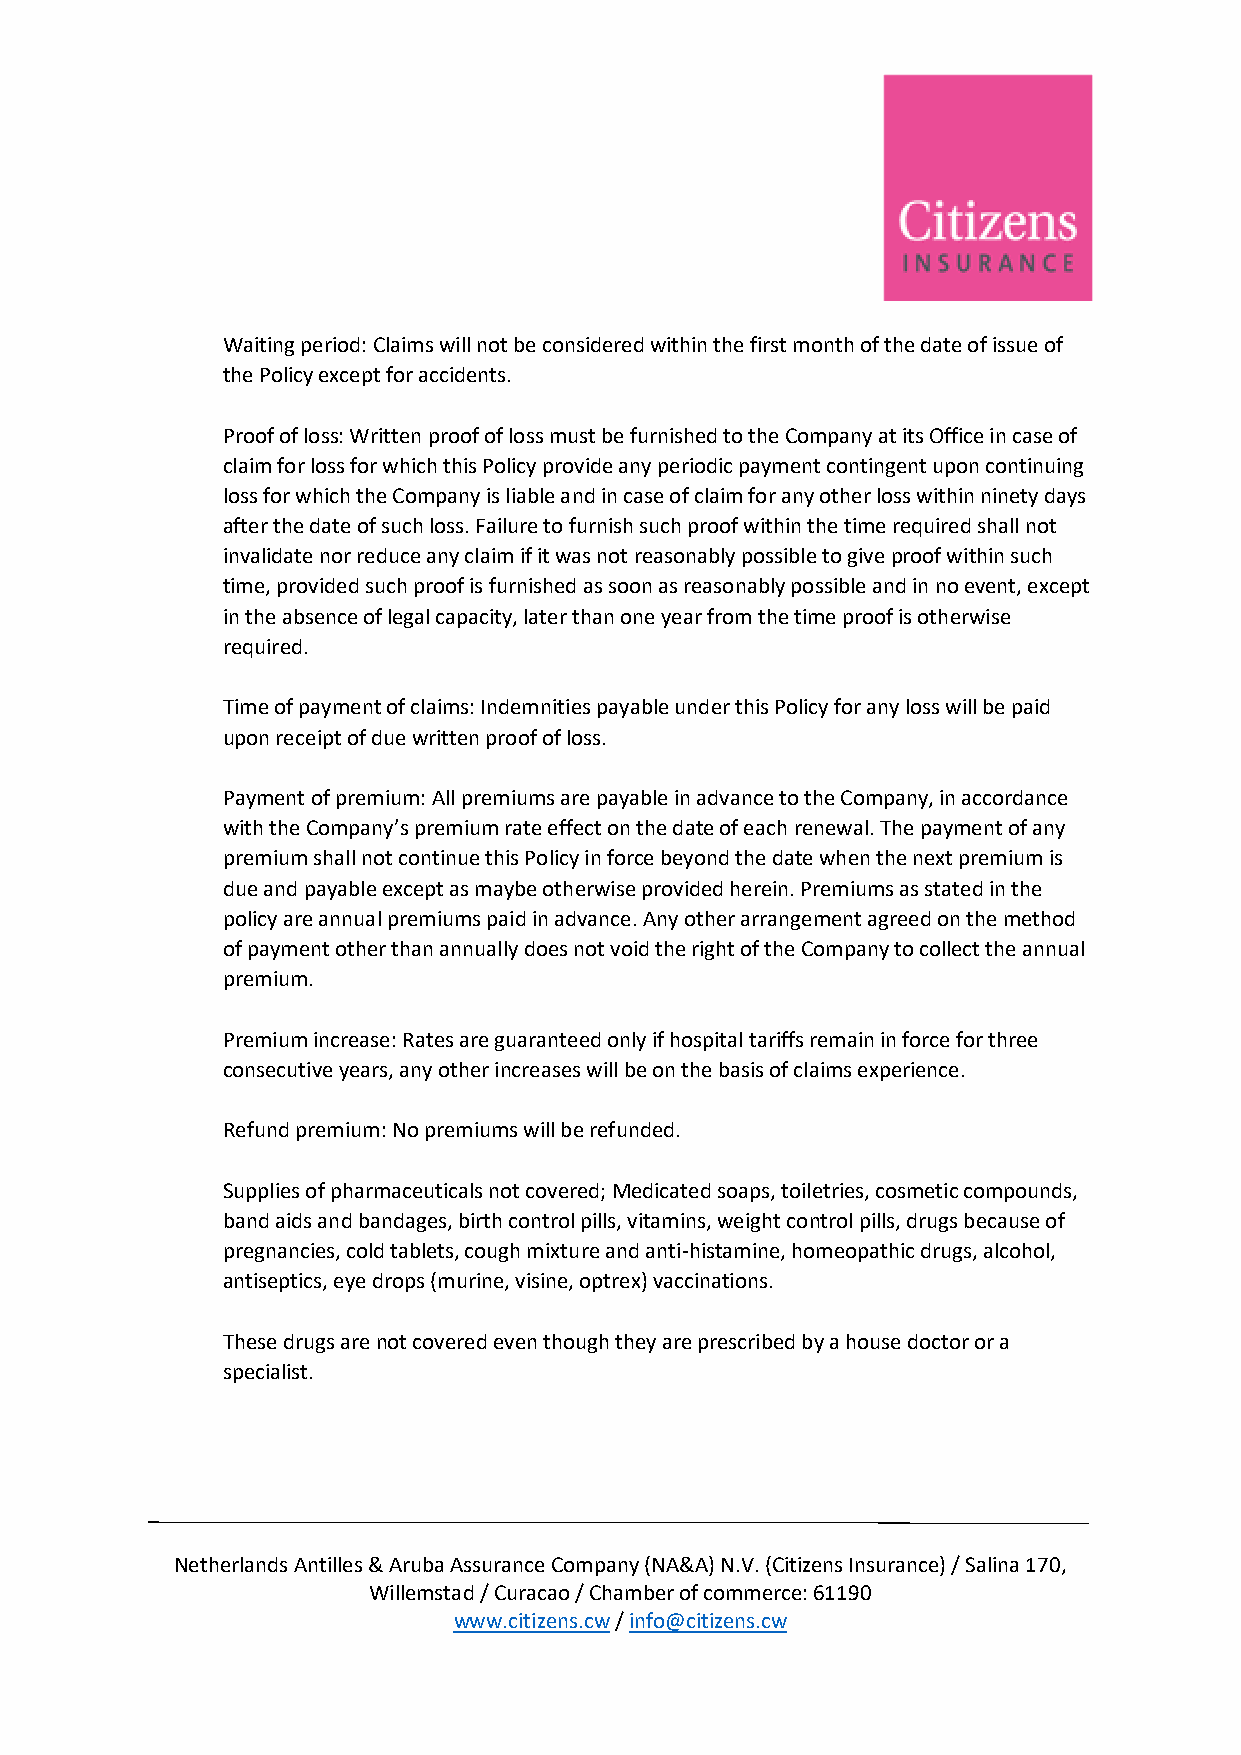
Waiting period: Claims will not be considered within the first month of the date of issue of
 the Policy except for accidents.
 Proof of loss: Written proof of loss must be furnished to the Company at its Office in case of
 claim for loss for which this Policy provide any periodic payment contingent upon continuing
 loss for which the Company is liable and in case of claim for any other loss within ninety days
 after the date of such loss. Failure to furnish such proof within the time required shall not
 invalidate nor reduce any claim if it was not reasonably possible to give proof within such
 time, provided such proof is furnished as soon as reasonably possible and in no event, except
 in the absence of legal capacity, later than one year from the time proof is otherwise
 required.
 Time of payment of claims: Indemnities payable under this Policy for any loss will be paid
 upon receipt of due written proof of loss.
 Payment of premium: All premiums are payable in advance to the Company, in accordance
 with the Company’s premium rate effect on the date of each renewal. The payment of any
 premium shall not continue this Policy in force beyond the date when the next premium is
 due and payable except as maybe otherwise provided herein. Premiums as stated in the
 policy are annual premiums paid in advance. Any other arrangement agreed on the method
 of payment other than annually does not void the right of the Company to collect the annual
 premium.
 Premium increase: Rates are guaranteed only if hospital tariffs remain in force for three
 consecutive years, any other increases will be on the basis of claims experience.
 Refund premium: No premiums will be refunded.
 Supplies of pharmaceuticals not covered; Medicated soaps, toiletries, cosmetic compounds,
 band aids and bandages, birth control pills, vitamins, weight control pills, drugs because of
 pregnancies, cold tablets, cough mixture and anti-histamine, homeopathic drugs, alcohol,
 antiseptics, eye drops (murine, visine, optrex) vaccinations.
 These drugs are not covered even though they are prescribed by a house doctor or a
 specialist.
 Netherlands Antilles & Aruba Assurance Company (NA&A) N.V. (Citizens Insurance) / Salina 170,
 Willemstad / Curacao / Chamber of commerce: 61190
 www.citizens.cw / info@citizens.cw